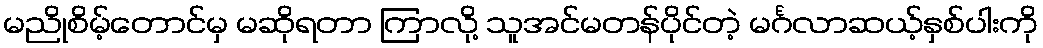
မညိုစိမ့်တောင်မှ မဆိုရတာ ကြာလို့ သူအင်မတန်ပိုင်တဲ့ မင်္ဂလာဆယ့်နှစ်ပါးကို